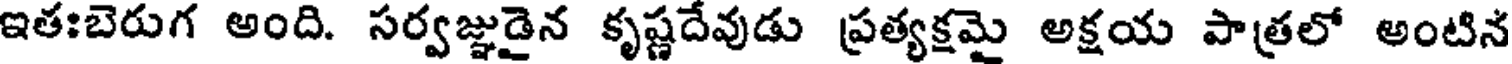
ఇతఃబెరుగ అంది. సర్వజ్ఞుడైన కృష్ణదేవుడు ప్రత్యక్షమై అక్షయ పాత్రలో అంటిన